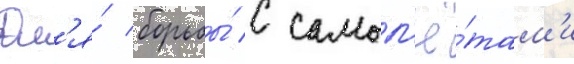
Дл'я́ борьбы́ с самол'ё́там'и